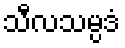
သီလသမ္ပဒံ